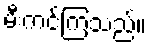
မီးကင်ကြသည်။